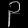
Digit: ၃